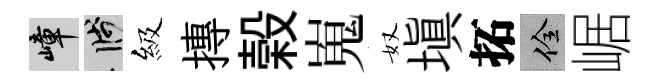
嶂箋級摶榖嵬奴塡拓佺崌